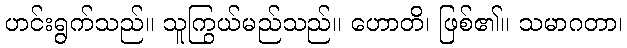
ဟင်းရွက်သည်။ သူကြွယ်မည်သည်။ ဟောတိ၊ ဖြစ်၏။ သမာဂတာ၊